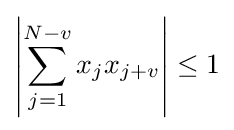
\left|\sum _{j=1}^{N-v}x_{j}x_{j+v}\right|\leq 1